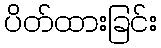
ပိတ်ထားခြင်း